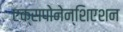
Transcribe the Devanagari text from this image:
एक्सपोनेन्शिएशन